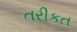
તરીકત